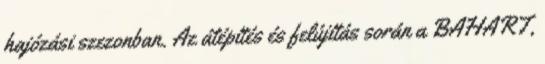
hajózási szezonban. Az átépítés és felújítás során a BAHART,